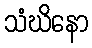
သံဃိနော